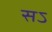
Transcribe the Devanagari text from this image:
सऽ